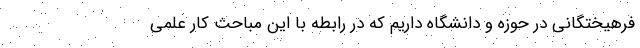
فرهیختگانی در حوزه و دانشگاه داریم که در رابطه با این مباحث کار علمی